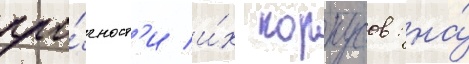
про́чност'и и́х корпусов: на́